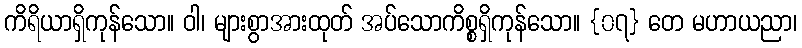
ကိရိယာရှိကုန်သော။ ဝါ၊ များစွာအားထုတ် အပ်သောကိစ္စရှိကုန်သော။ {၀၇} တေ မဟာယညာ၊